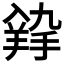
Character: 𦎚